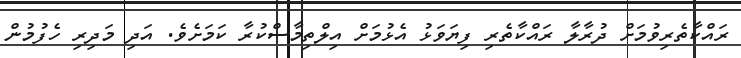
ރައްކާތެރިވުމަށް ދުރާލާ ރައްކާތެރި ފިޔަވަޅު އެޅުމަށް އިލްތިމާސްކުރާ ކަމަށެވެ. އަދި މަދިރި ހެފުމުން